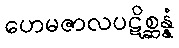
ဟေမဇာလပဋိစ္ဆန္နံ